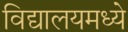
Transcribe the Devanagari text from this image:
विद्यालयमध्ये